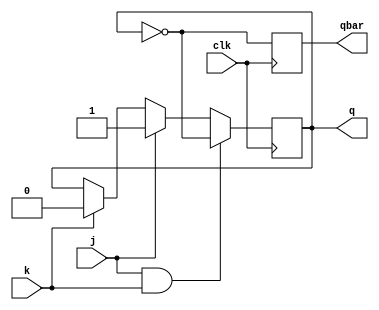
module jk_flipflop (
    input wire clk, // Clock signal
    input wire j, // J input
    input wire k, // K input
    output reg q, // Q output
    output reg qbar // Q' complement output
);

always @(posedge clk) begin
    if (j && k) begin
        // toggle Q output
        q <= ~q;
    end else if (j) begin
        // set Q output to 1
        q <= 1;
    end else if (k) begin
        // reset Q output to 0
        q <= 0;
    end else begin
        // maintain current state of Q output
    end

    // update Q' complement output
    qbar <= ~q;
end

endmodule